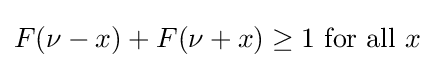
F(\nu -x)+F(\nu +x)\geq 1{\text{ for all }}x